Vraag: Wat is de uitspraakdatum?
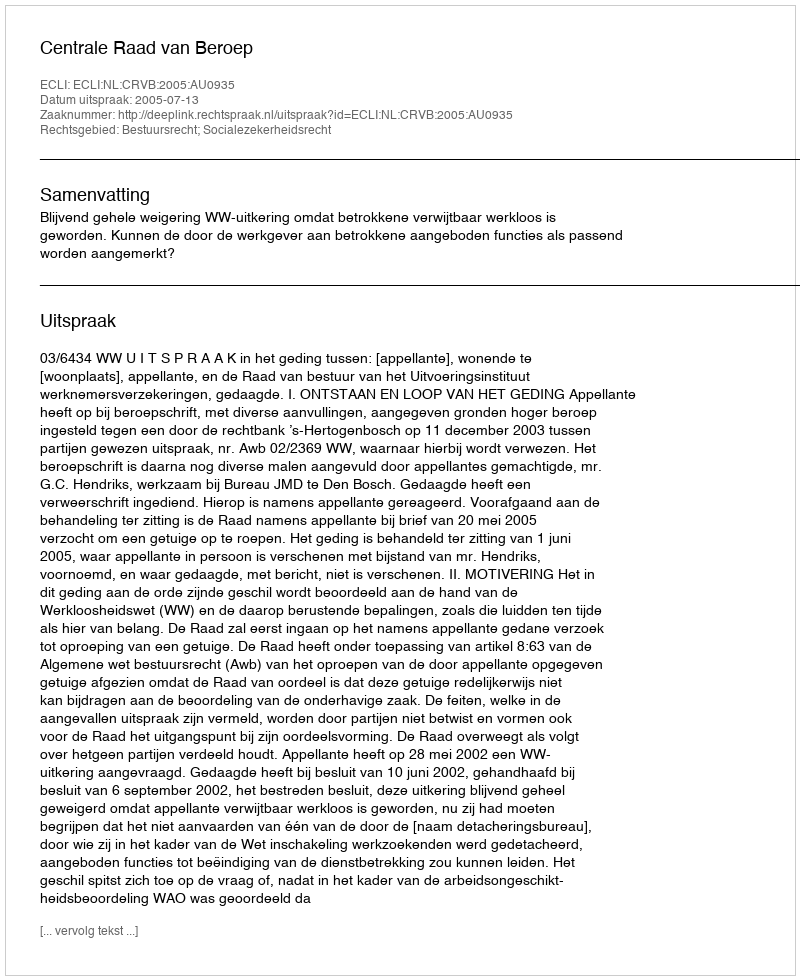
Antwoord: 2005-07-13